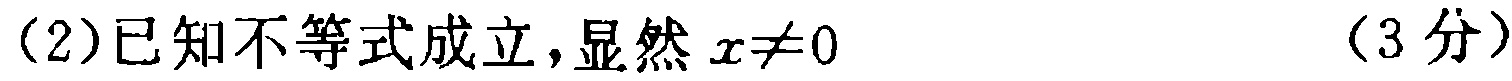
(2)已知不等式成立,显然 \(x\neq0\) （3分）